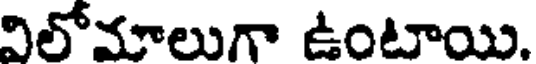
విలోమాలుగా ఉంటాయి.